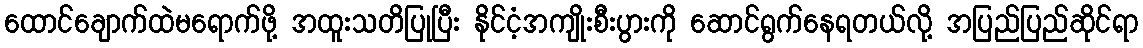
ထောင်ချောက်ထဲမရောက်ဖို့ အထူးသတိပြုပြီး နိုင်ငံ့အကျိုးစီးပွားကို ဆောင်ရွက်နေရတယ်လို့ အပြည်ပြည်ဆိုင်ရာ